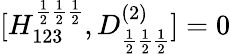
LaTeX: [H_{123}^{\frac{1}{2}\frac{1}{2}\frac{1}{2}},D_{\frac{1}{2}\frac{1}{2}\frac{1}{2}}^{(2)}]=0